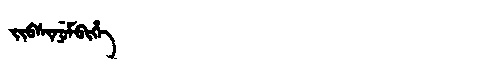
Manchu: ᠵᡳᠪᠰᡳᠨᡠᠮᠪᡳᡥᡝ
Romanization: JIBSINUMBIHE